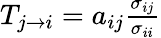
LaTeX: \begin{array}{r}{T_{j\to i}=a_{ij}\frac{\sigma_{ij}}{\sigma_{ii}}}\end{array}